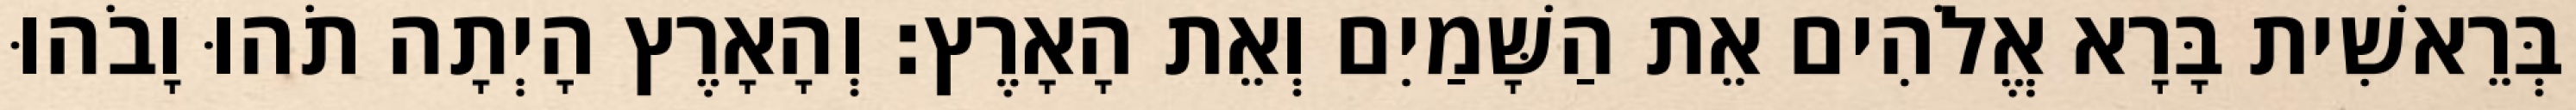
בְּרֵאשִׁית בָּרָא אֱלֹהִים אֵת הַשָּׁמַיִם וְאֵת הָאָרֶץ׃ וְהָאָרֶץ הָיְתָה תֹהוּ וָבֹהוּ